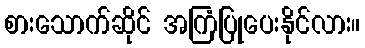
စားသောက်ဆိုင် အကြံပြုပေးနိုင်လား။